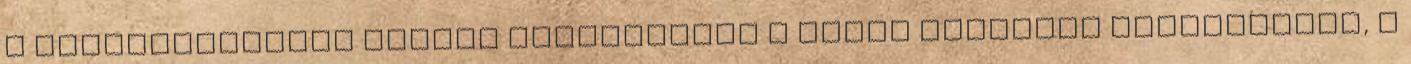
a rendszerváltás idején beleépültek a hazai közéleti struktúrába, s